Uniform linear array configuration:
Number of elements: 8
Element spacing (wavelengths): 1
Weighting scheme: cosine
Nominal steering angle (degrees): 30
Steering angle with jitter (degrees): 29.348
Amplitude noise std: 0.05
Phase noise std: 0.05

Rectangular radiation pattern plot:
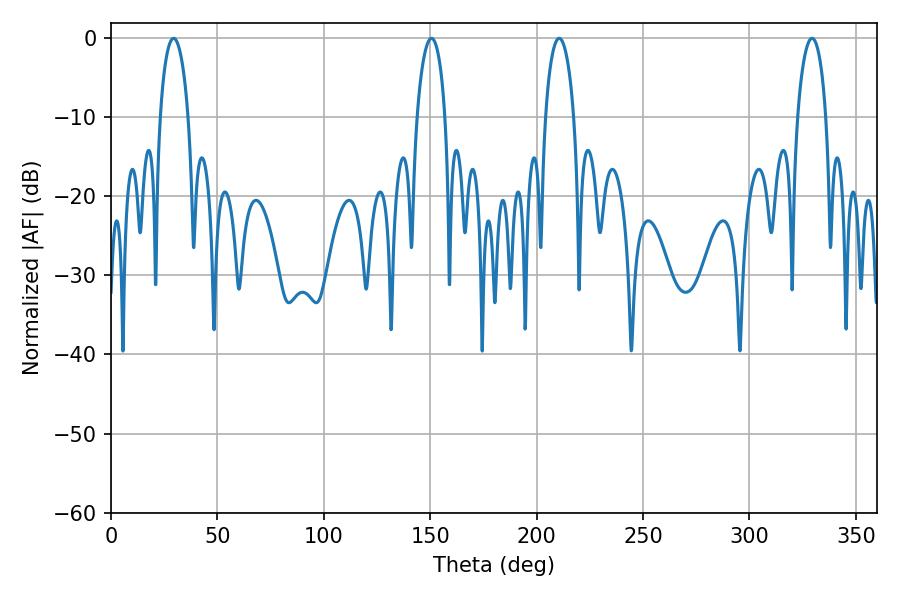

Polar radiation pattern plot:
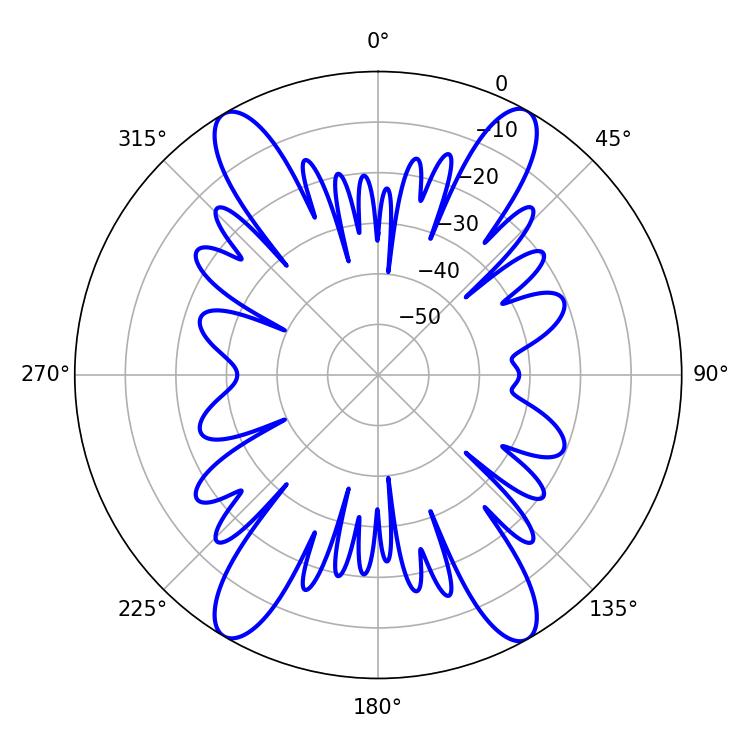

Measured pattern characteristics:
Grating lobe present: TRUE
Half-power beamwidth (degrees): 7.74
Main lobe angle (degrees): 210.6